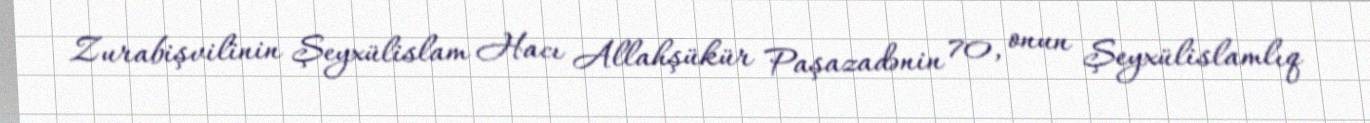
Zurabişvilinin Şeyxülislam Hacı Allahşükür Paşazadənin 70, onun Şeyxülislamlıq